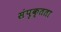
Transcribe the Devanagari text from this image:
संपृक्तता